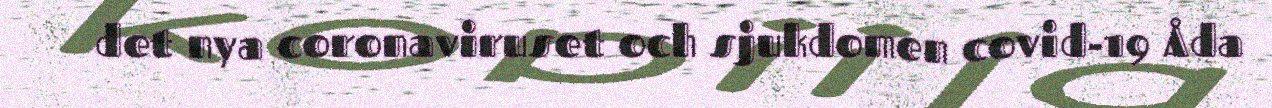
det nya coronaviruset och sjukdomen covid-19 Åda